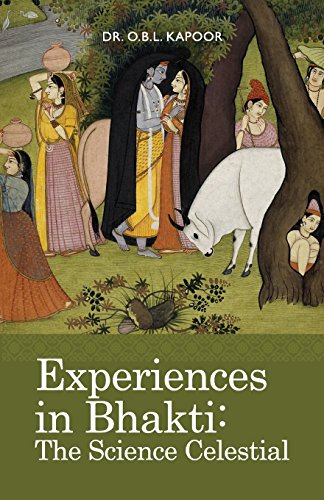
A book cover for Experiences in Bhakti: The Science Celestial; O. B. L. Kapoor; Religion & Spirituality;